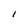
Character: I